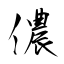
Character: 儂